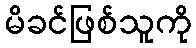
မိခင်ဖြစ်သူကို